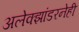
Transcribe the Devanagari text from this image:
अलेक्झांडरनेही